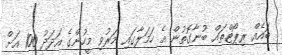
ބައެއް ރިޕޯޓްތައް ބުނާގޮތުން އެ ހަމަލާގައި މަރުވި މީހުންގެ އަދަދު 100 އަށް